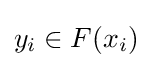
y_{i}\in F(x_{i})